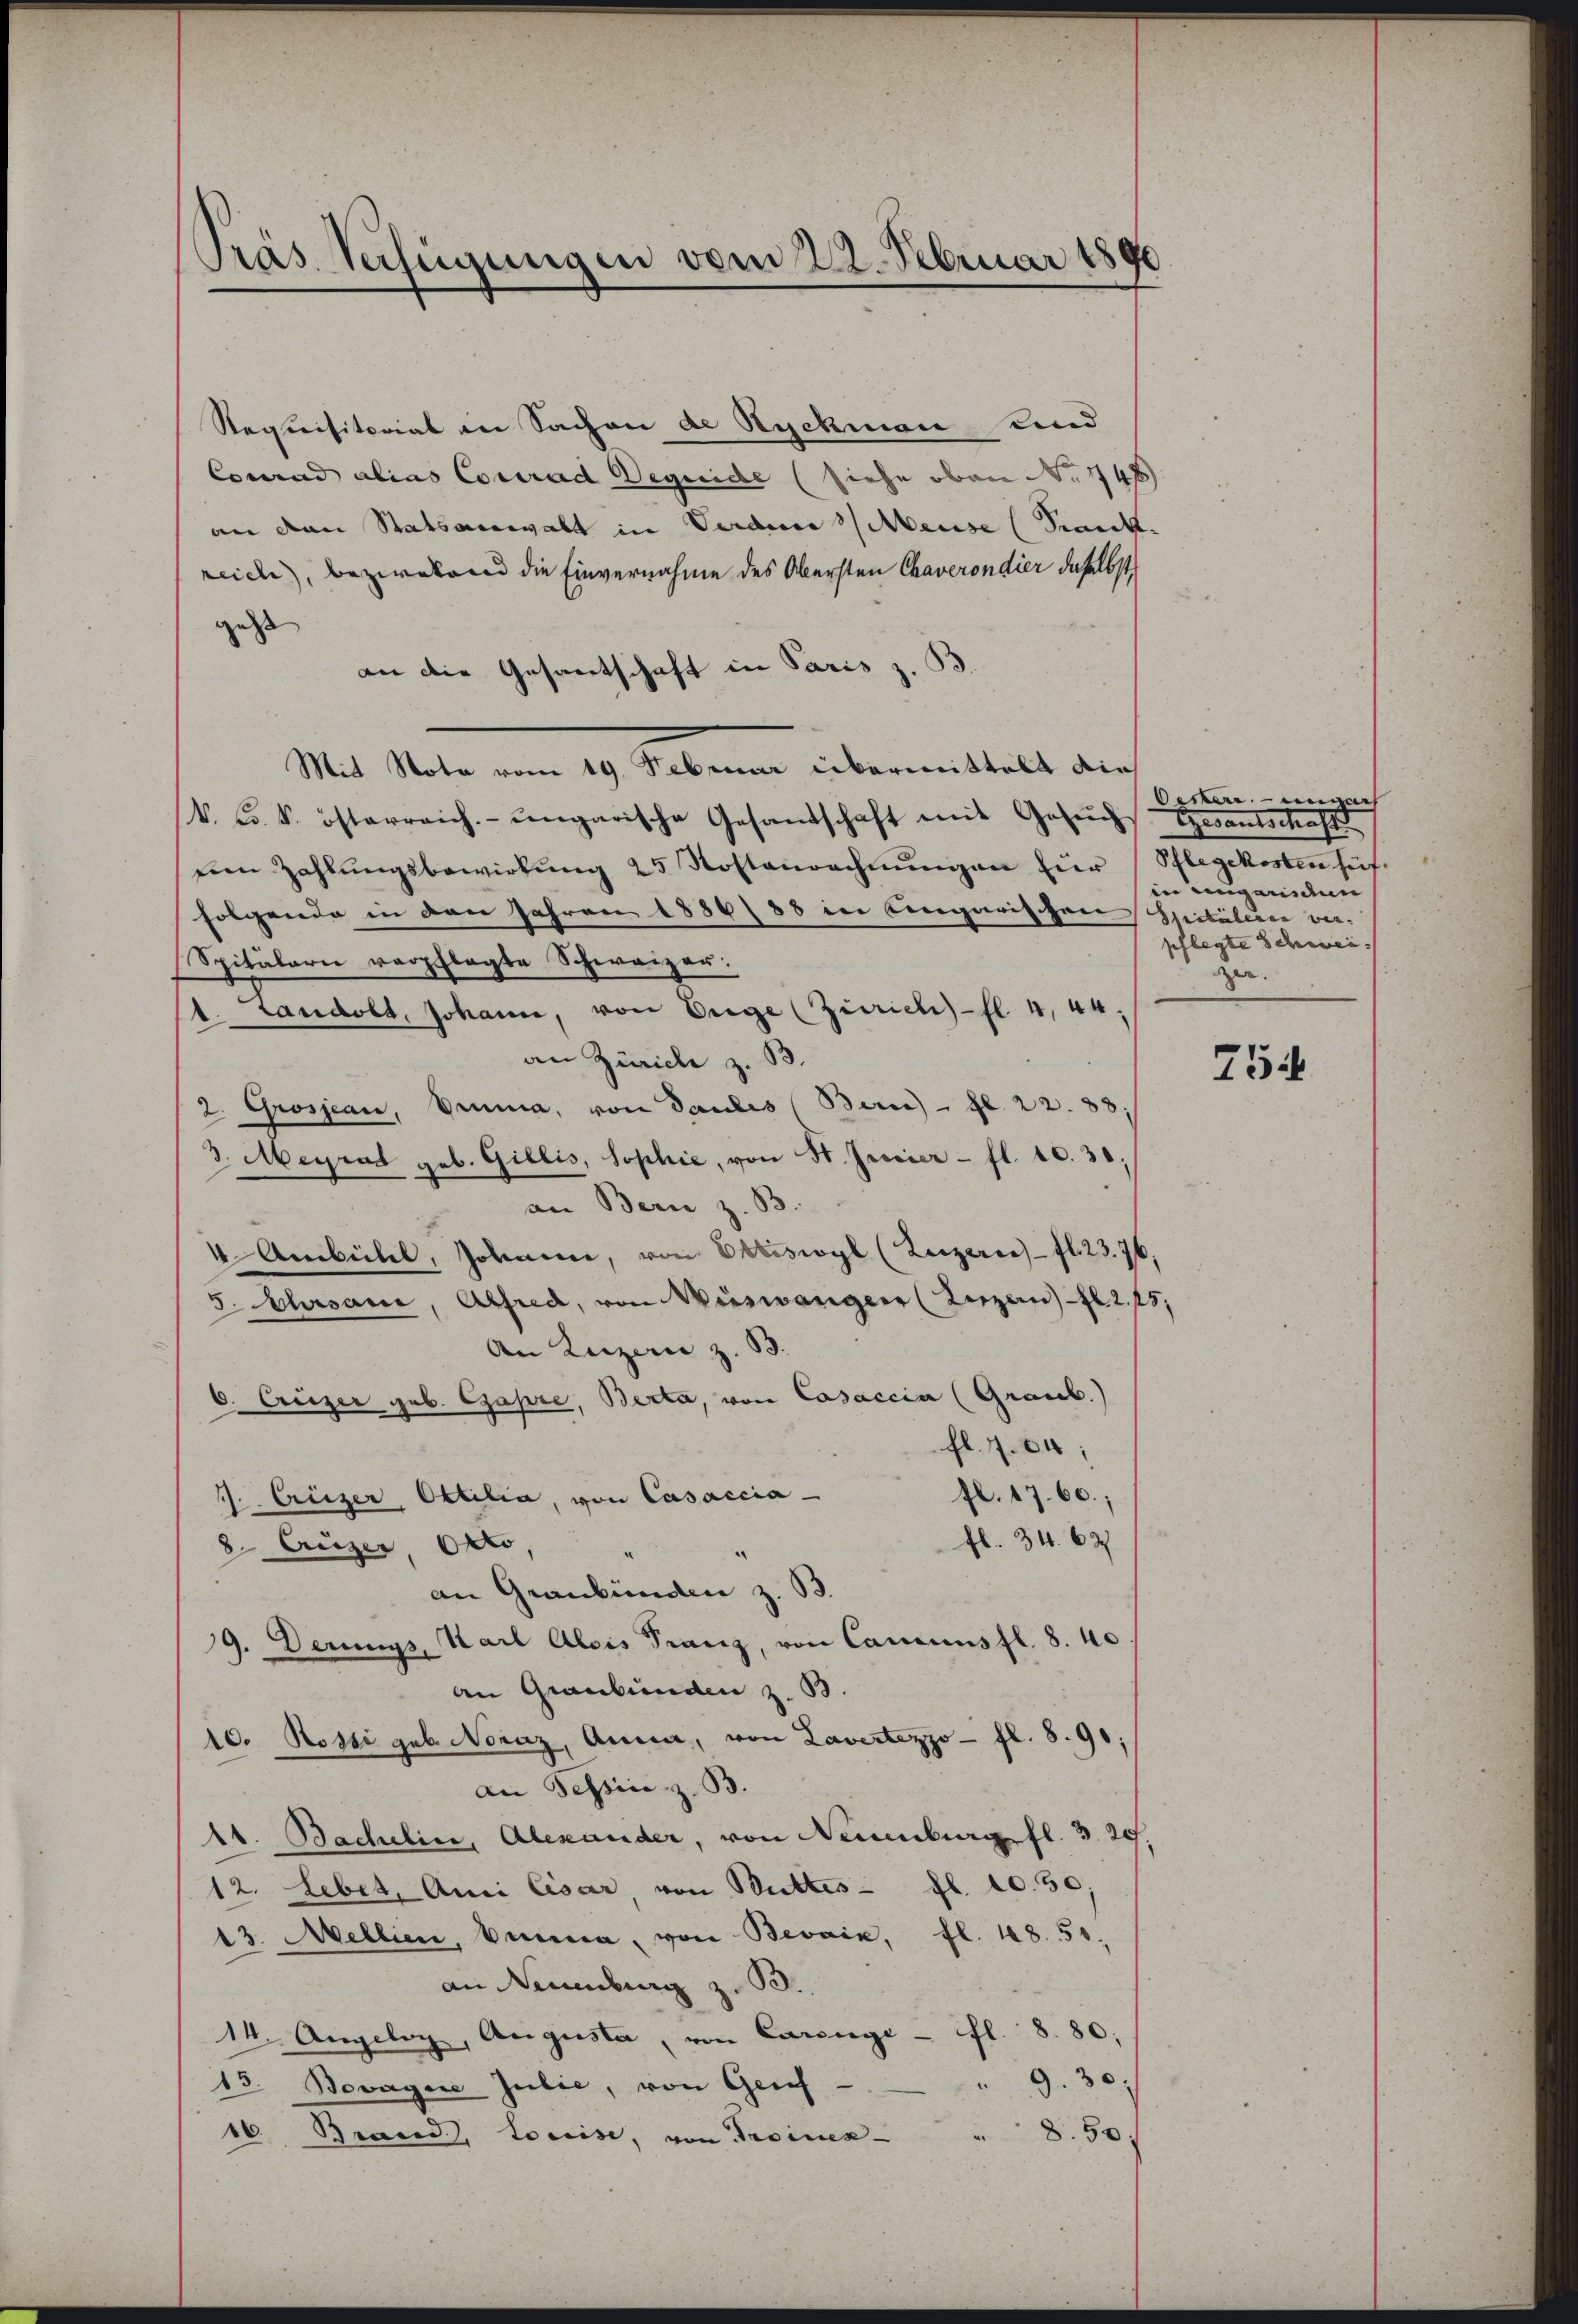
Präs. Verfügungen vom 22. Februar 1890

Requisitorial in Sachen de Ryckmann und
Courand alias Conrad Deguide (siehe oben No 748)
an den Statsanwalt in Verden Meuse (Krank.
reide, bezweckend die Einvernahme des Obersten Chaverondier daselbst
ges |
an die Gesantschaft in Paris,
Mit Nota vom 19. Februar übermittelt die
k. Fr. k. österreich. ungarische Gesandschaft mit Gesŭch
eien Zahlŭngsbewirkung 25 Kostenrechnŭngen für Pflegekosten hüf
folgende in den Jahren 1884/88 in engarischen Spitälere ver-
Spitalarie verpflegte Schweizer.
1. Landolt, Johann, von Enge (Zürich fl. 4, 44,
an Zürich z. B.
2. Grosjean, Druma, von Pandes Bern) - Zl. 22. 88
3. Meyrat geb. Gillis, Sophie, von St. Freier - fl. 10. 31,
an Bern z. B.
4 Ambühel, Johann, von Obriswyl (Luzern fl. 23. 76,
5. Ahsani, Alfred, von Wieswanger (Luzern fl. 2, 45,
An Luzern z. B.
6. Cruger geb. Gapre, Berta, von Casaccia (Graub.)
fl. 704;
fl. 17.60;
1. Creizer, Ottilia, von Casaccia
fl. 34. 62
8. Luzer, Otto,
an Graubünden z. B.
J. Derings, Karl Alois Franz, von Cancensfl. 8. 40
an Graubünden z. B.
10. Rossi geb. Noraz, Anna, von Lavertezzo - fl. 8. 90;
an Tessin z. B.
At. Bachelin, Alexander, von Neuenburg fl. 3. 29.
12. Leber, Auci Cisar, von Buttes- fl. 10. 50,
13. Mellien, Anna, von Bevain, fl. 48. 51.
an Neuenburg z. B.
14. Angelog, Augusta, von Carenge - fl. 8 80;
9.30
13. Bovagere Julie, von Grif-
16. Brand, Loreise, von Troinek
8.50.

Oesterr. eingart
Gerantschaft
in angarisaun
pflegte Schwei- |
er.

754